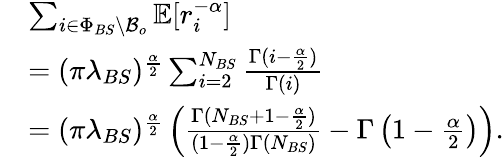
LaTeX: \begin{array}{rl}&{\sum_{i\in\Phi_{BS}\backslash\mathcal{B}_{o}}\mathbb{E}[r_{i}^{-\alpha}]}\\ &{=(\pi\lambda_{BS})^{\frac{\alpha}{2}}\sum_{i=2}^{N_{BS}}\frac{\Gamma(i-\frac{\alpha}{2})}{\Gamma(i)}}\\ &{=(\pi\lambda_{BS})^{\frac{\alpha}{2}}\left(\frac{\Gamma(N_{BS}+1-\frac{\alpha}{2})}{(1-\frac{\alpha}{2})\Gamma(N_{BS})}-{\Gamma\left(1-\frac{\alpha}{2}\right)}\right).}\end{array}